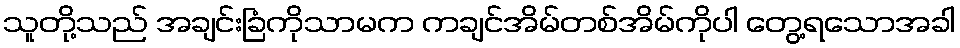
သူတို့သည် အချင်းခြံကိုသာမက ကချင်အိမ်တစ်အိမ်ကိုပါ တွေ့ရသောအခါ